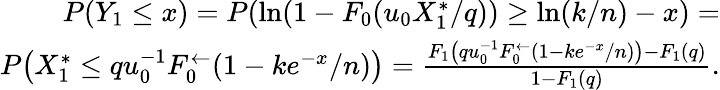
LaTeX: \begin{array}{r}{P(Y_{1}\leq x)=P(\ln(1-F_{0}(u_{0}X_{1}^{\ast}/q))\geq\ln(k/n)-x)=}\\ {P\big(X_{1}^{\ast}\leq qu_{0}^{-1}F_{0}^{\leftarrow}(1-ke^{-x}/n)\big)=\frac{F_{1}\big(qu_{0}^{-1}F_{0}^{\leftarrow}(1-ke^{-x}/n)\big)-F_{1}(q)}{1-F_{1}(q)}.}\end{array}